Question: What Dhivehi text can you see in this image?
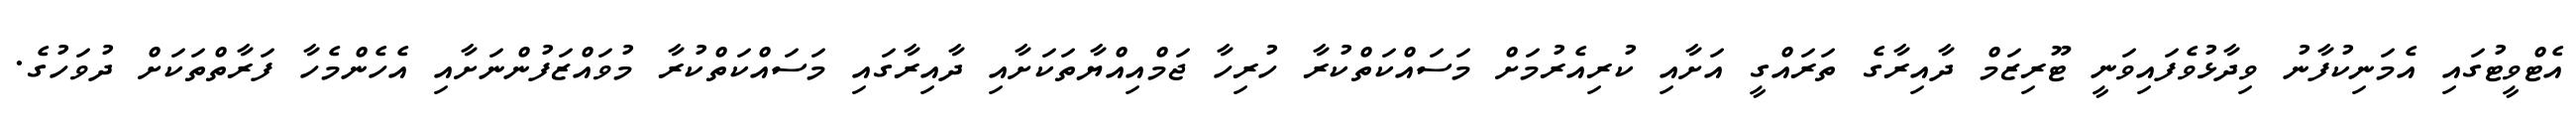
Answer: އެޓްވީޓުގައި އެމަނިކުފާނު ވިދާޅުވެފައިވަނީ ޓޫރިޒަމް ދާއިރާގެ ތަރައްގީ އަށާއި ކުރިއެރުމަށް މަސައްކަތްކުރާ ހުރިހާ ޖަމްއިއްޔާތަކަށާއި ދާއިރާގައި މަސައްކަތްކުރާ މުވައްޒަފުންނަށާއި އެހެންމެހާ ފަރާތްތަކަށް ދުވަހުގެ.